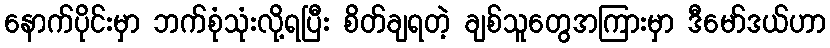
နောက်ပိုင်းမှာ ဘက်စုံသုံးလို့ရပြီး စိတ်ချရတဲ့ ချစ်သူတွေအကြားမှာ ဒီမော်ဒယ်ဟာ